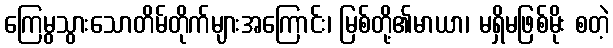
ကြေမွသွားသောတိမ်တိုက်များအကြောင်း၊ မြစ်တို့၏မာယာ၊ မရှိမဖြစ်မိုး စတဲ့